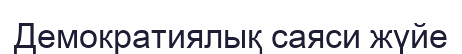
Демократиялық саяси жүйе